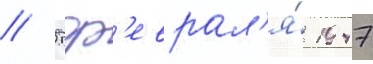
// 5 ф'еврал'я́ 1947